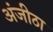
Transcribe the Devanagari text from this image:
अंजीठा